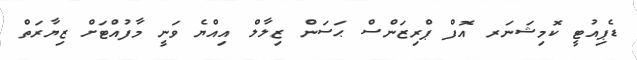
ޑެޕިއުޓީ ކޮމިޝަނަރ އޮފް ޕްރިޒަންސް ޙަސަން ޒިލާލް އިއްޔެ ވަނީ މާފުއްޓަށް ޒިޔާރަތް